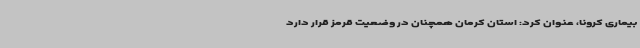
بیماری کرونا، عنوان کرد: استان کرمان همچنان در وضعیت قرمز قرار دارد